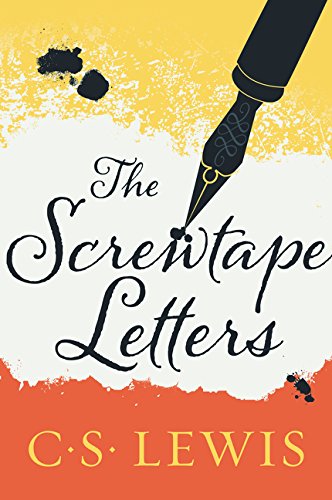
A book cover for The Screwtape Letters; C. S. Lewis; Literature & Fiction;